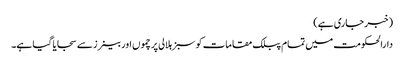
(خبر جاری ہے)
دارالحکومت میں تمام پبلک مقامات کو سبز ہلالی پرچموں اور بینرز سے سجایا گیا ہے۔